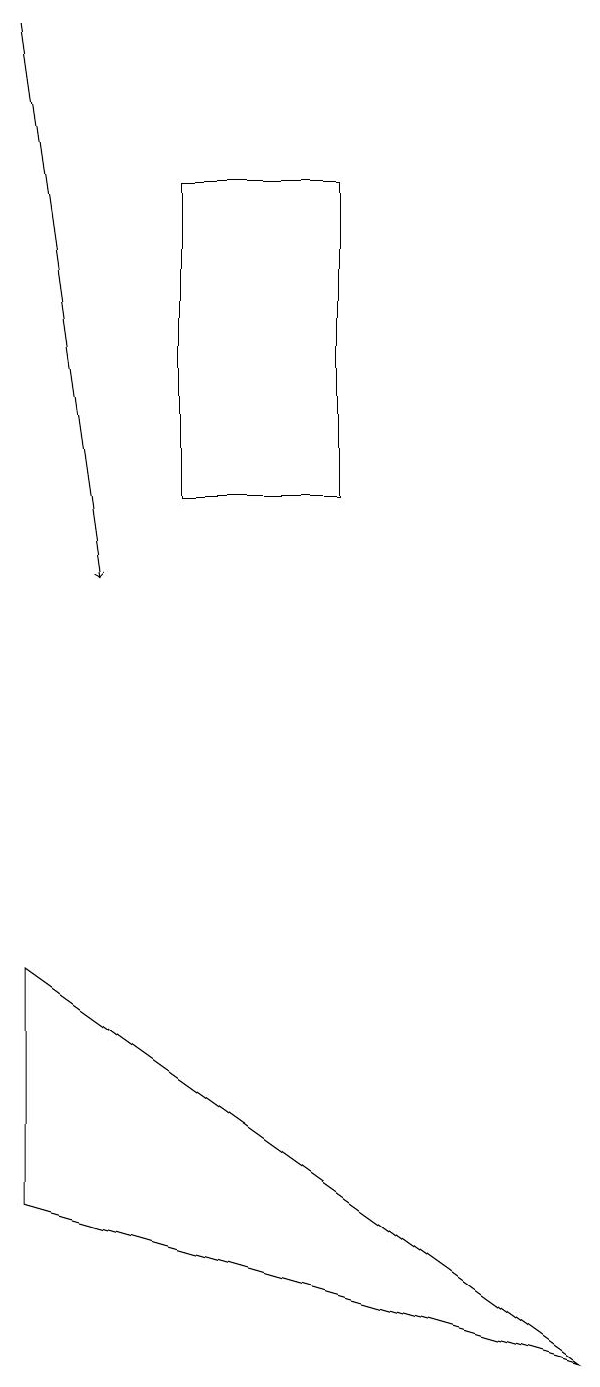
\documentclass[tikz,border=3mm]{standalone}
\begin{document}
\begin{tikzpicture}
\draw (1,7) -- (8,2) -- (1,4) -- cycle;
\draw[->] (1,19) -- (2,12);
\draw (5,17) rectangle (3,13);
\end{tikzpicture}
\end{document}